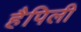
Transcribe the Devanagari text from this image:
हैपिली